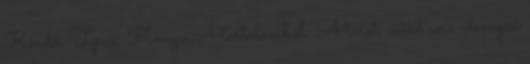
Kiadó, Típus: Könyv A tartalomból: A tarot, mint sors-elemzési